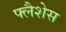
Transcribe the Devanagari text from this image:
फ्लैशेस